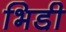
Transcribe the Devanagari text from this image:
भिडी़